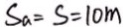
S _ { a } = S = 1 0 m